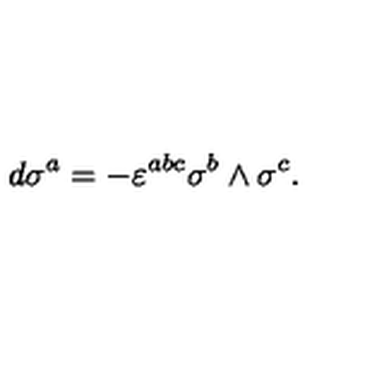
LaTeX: d \sigma ^ { a } = - \varepsilon ^ { a b c } \sigma ^ { b } \wedge \sigma ^ { c } .